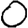
Digit: 0